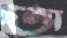
অ